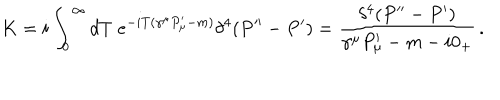
LaTeX: K = i \int _ { 0 } ^ { \infty } d T \; e ^ { - i T ( \gamma ^ { \mu } P _ { \mu } ^ { \prime } - m ) } \delta ^ { 4 } ( P ^ { \prime \prime } - P ^ { \prime } ) = { \frac { \delta ^ { 4 } ( P ^ { \prime \prime } - P ^ { \prime } ) } { \gamma ^ { \mu } P _ { \mu } ^ { \prime } - m - i 0 _ { + } } } \, .